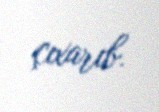
çıxarıb.